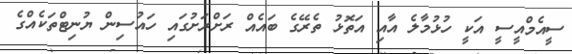
ސީއެމްއީސީ އަކީ ހުޅުމާލެ އާއި އަތޮޅު ތެރޭގެ ބައެއް ރަށްރަށުގައި ހައުސިން ޔުނިޓްތަކެއްގެ